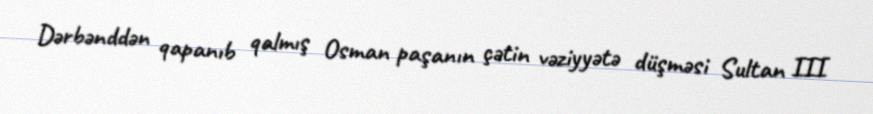
Dərbənddən qapanıb qalmış Osman paşanın çətin vəziyyətə düşməsi Sultan III